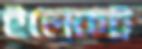
ইলেকট্র